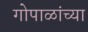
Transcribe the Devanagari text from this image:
गोपाळांच्या